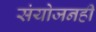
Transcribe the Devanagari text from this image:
संयोजनही